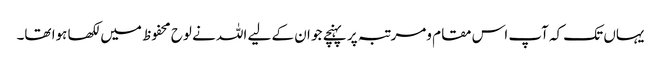
یہاں تک کہ آپ اس مقام ومرتبہ پر پہنچے جو ان کے لیے اللہ نے لوح محفوظ میں لکھا ہوا تھا۔